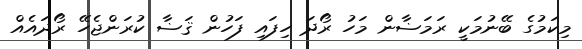
މިކަމުގެ ބޭނުމަކީ ރަމަޟާން މަހު ރޯދަ ހިފައި ފަހުން ޤަޟާ ކުރަންޖެހޭ ރޯދައެއް